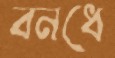
বনধে